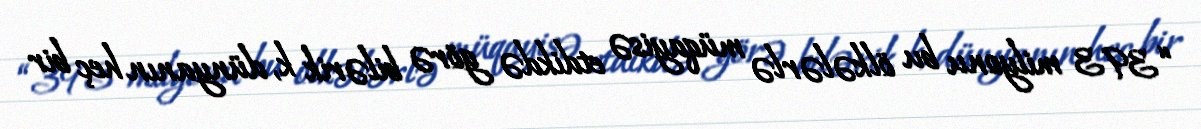
“393 milyonu bu ölkələrlə müqayisə etdikdə görə bilərik k, dünyanın heç bir